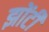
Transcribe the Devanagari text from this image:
झोंटी